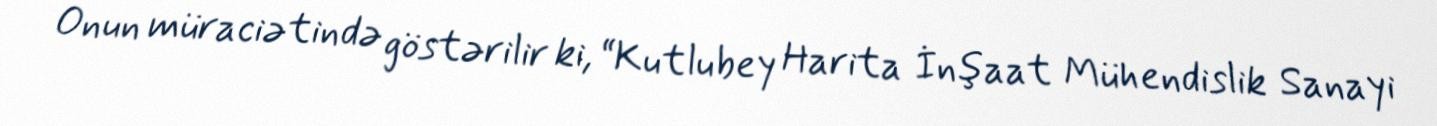
Onun müraciətində göstərilir ki, “Kutlubey Harita İnşaat Mühendislik Sanayi